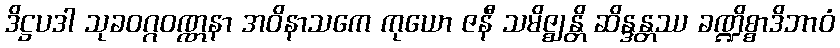
ဒိဋ္ဌပဒါ သုခဝဂ္ဂဝဏ္ဏနာ အဝိနာသကေ ကုယော ဇနီ သမိဇ္ဈန္တိ ဆိန္ဒန္တဿ ခဏ္ဍိစ္စာဒိဘာဝံ